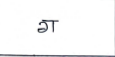
मजकूर: ग